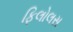
ફિલોલસ